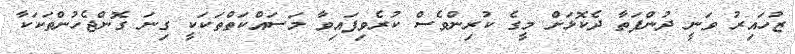
ޒުހައިރު ވަނީ ދުންފަތާ ދެކޮޅަށް މީގެ ކުރިންވެސް ކުރެވިފައިވާ މަސައްކަތްތަކަކީ ގިނަ ގޮންޖެހުންތަކަކާ